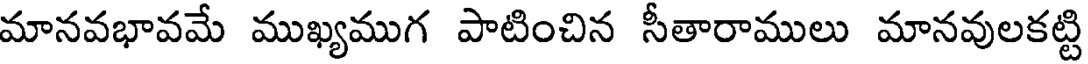
మానవభావమే ముఖ్యముగ పాటించిన సీతారాములు మానవులకట్టి